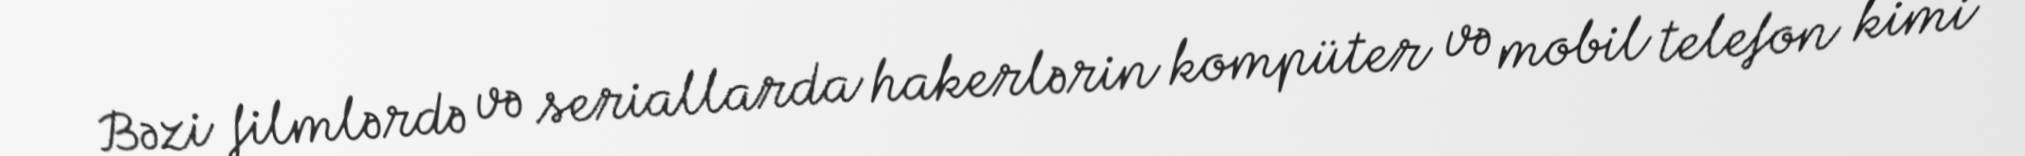
Bəzi filmlərdə və seriallarda hakerlərin kompüter və mobil telefon kimi